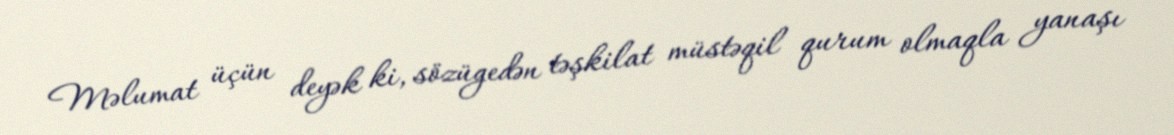
Məlumat üçün deyək ki, sözügedən təşkilat müstəqil qurum olmaqla yanaşı